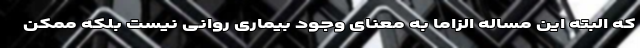
که البته این مساله الزاما به معنای وجود بیماری روانی نیست بلکه ممکن